Theory and practice of anti-rabic immunisation - Number 30
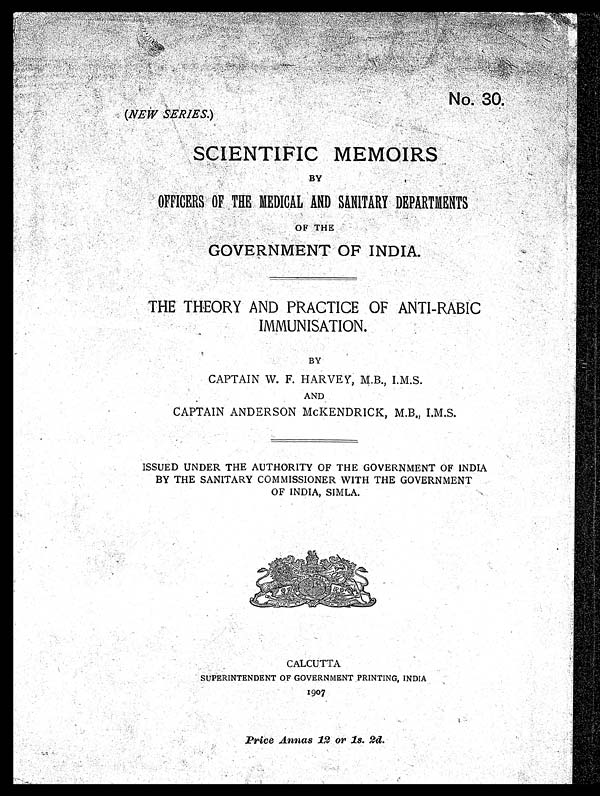
No. 30.
(NEW SERIES. )
SCIENTIFIC MEMOIRS
BY
OFFICERS OF THE MEDICAL AND SANITARY DEPARTMENTS
OF THE
GOVERNMENT OF INDIA.
THE THEORY AND PRACTICE OF ANTI-RABIC
IMMUNISATION.
BY
CAPTAIN W. F. HARVEY M.B., I.M.S.
AND
CAPTAIN ANDERSON MCKENDRICK, M.B., I.M.S.
ISSUED UNDER THE AUTHORITY OF THE GOVERNMENT OF INDIA
BY THE SANITARY COMMISSIONER WITH THE GOVERNMENT
OF INDIA, SIMLA.
CALCUTTA
SUPERINTENDENT OF GOVERNMENT PRINTING, INDIA
1907
P r i c e A n n a s 1 2
or 1s. 2d.